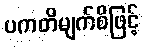
ပကတိမျက်စိဖြင့်